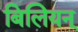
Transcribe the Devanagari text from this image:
बिलियन्